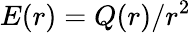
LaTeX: E(r)=Q(r)/r^{2}